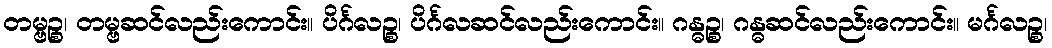
တမ္ဗဉ္စ၊ တမ္ဗဆင်လည်းကောင်း။ ပိင်္ဂလဉ္စ၊ ပိင်္ဂလဆင်လည်းကောင်း။ ဂန္ဓဉ္စ၊ ဂန္ဓဆင်လည်းကောင်း။ မင်္ဂလဉ္စ၊